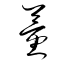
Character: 董